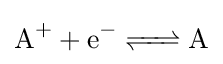
{\ce {A+ + e^- <=> A}}